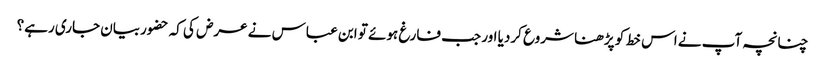
چنانچہ آپ نے اس خط کو پڑھنا شروع کردیا اور جب فارغ ہوئے تو ابن عباس نے عرض کی کہ حضوربیان جاری رہے؟